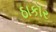
ઠાકૉર